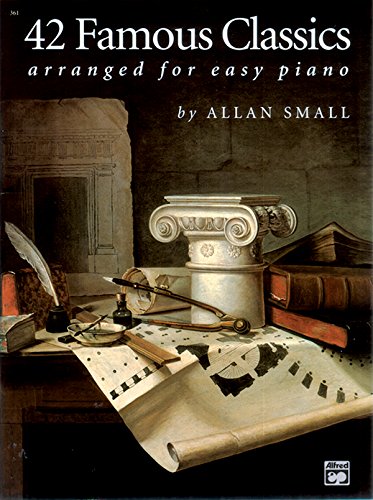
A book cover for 42 Famous Classics for Easy Piano; Humor & Entertainment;